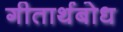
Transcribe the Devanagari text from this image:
गीतार्थबोध